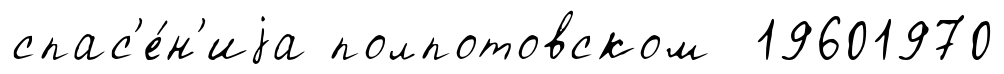
спас'е́н'иjа полпотовском 19601970